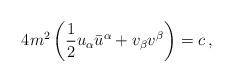
LaTeX: \begin{align*}4m^2\left(\frac12u_\alpha\bar u^\alpha+v_\beta v^\beta\right)=c\,,\end{align*}